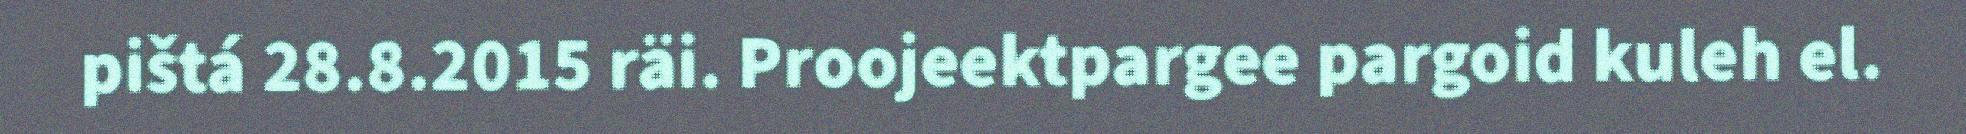
pištá 28.8.2015 räi. Proojeektpargee pargoid kuleh el.